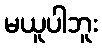
မယူပါဘူး